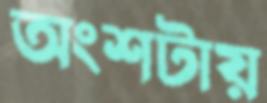
অংশটায়